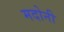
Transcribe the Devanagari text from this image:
मदोनी